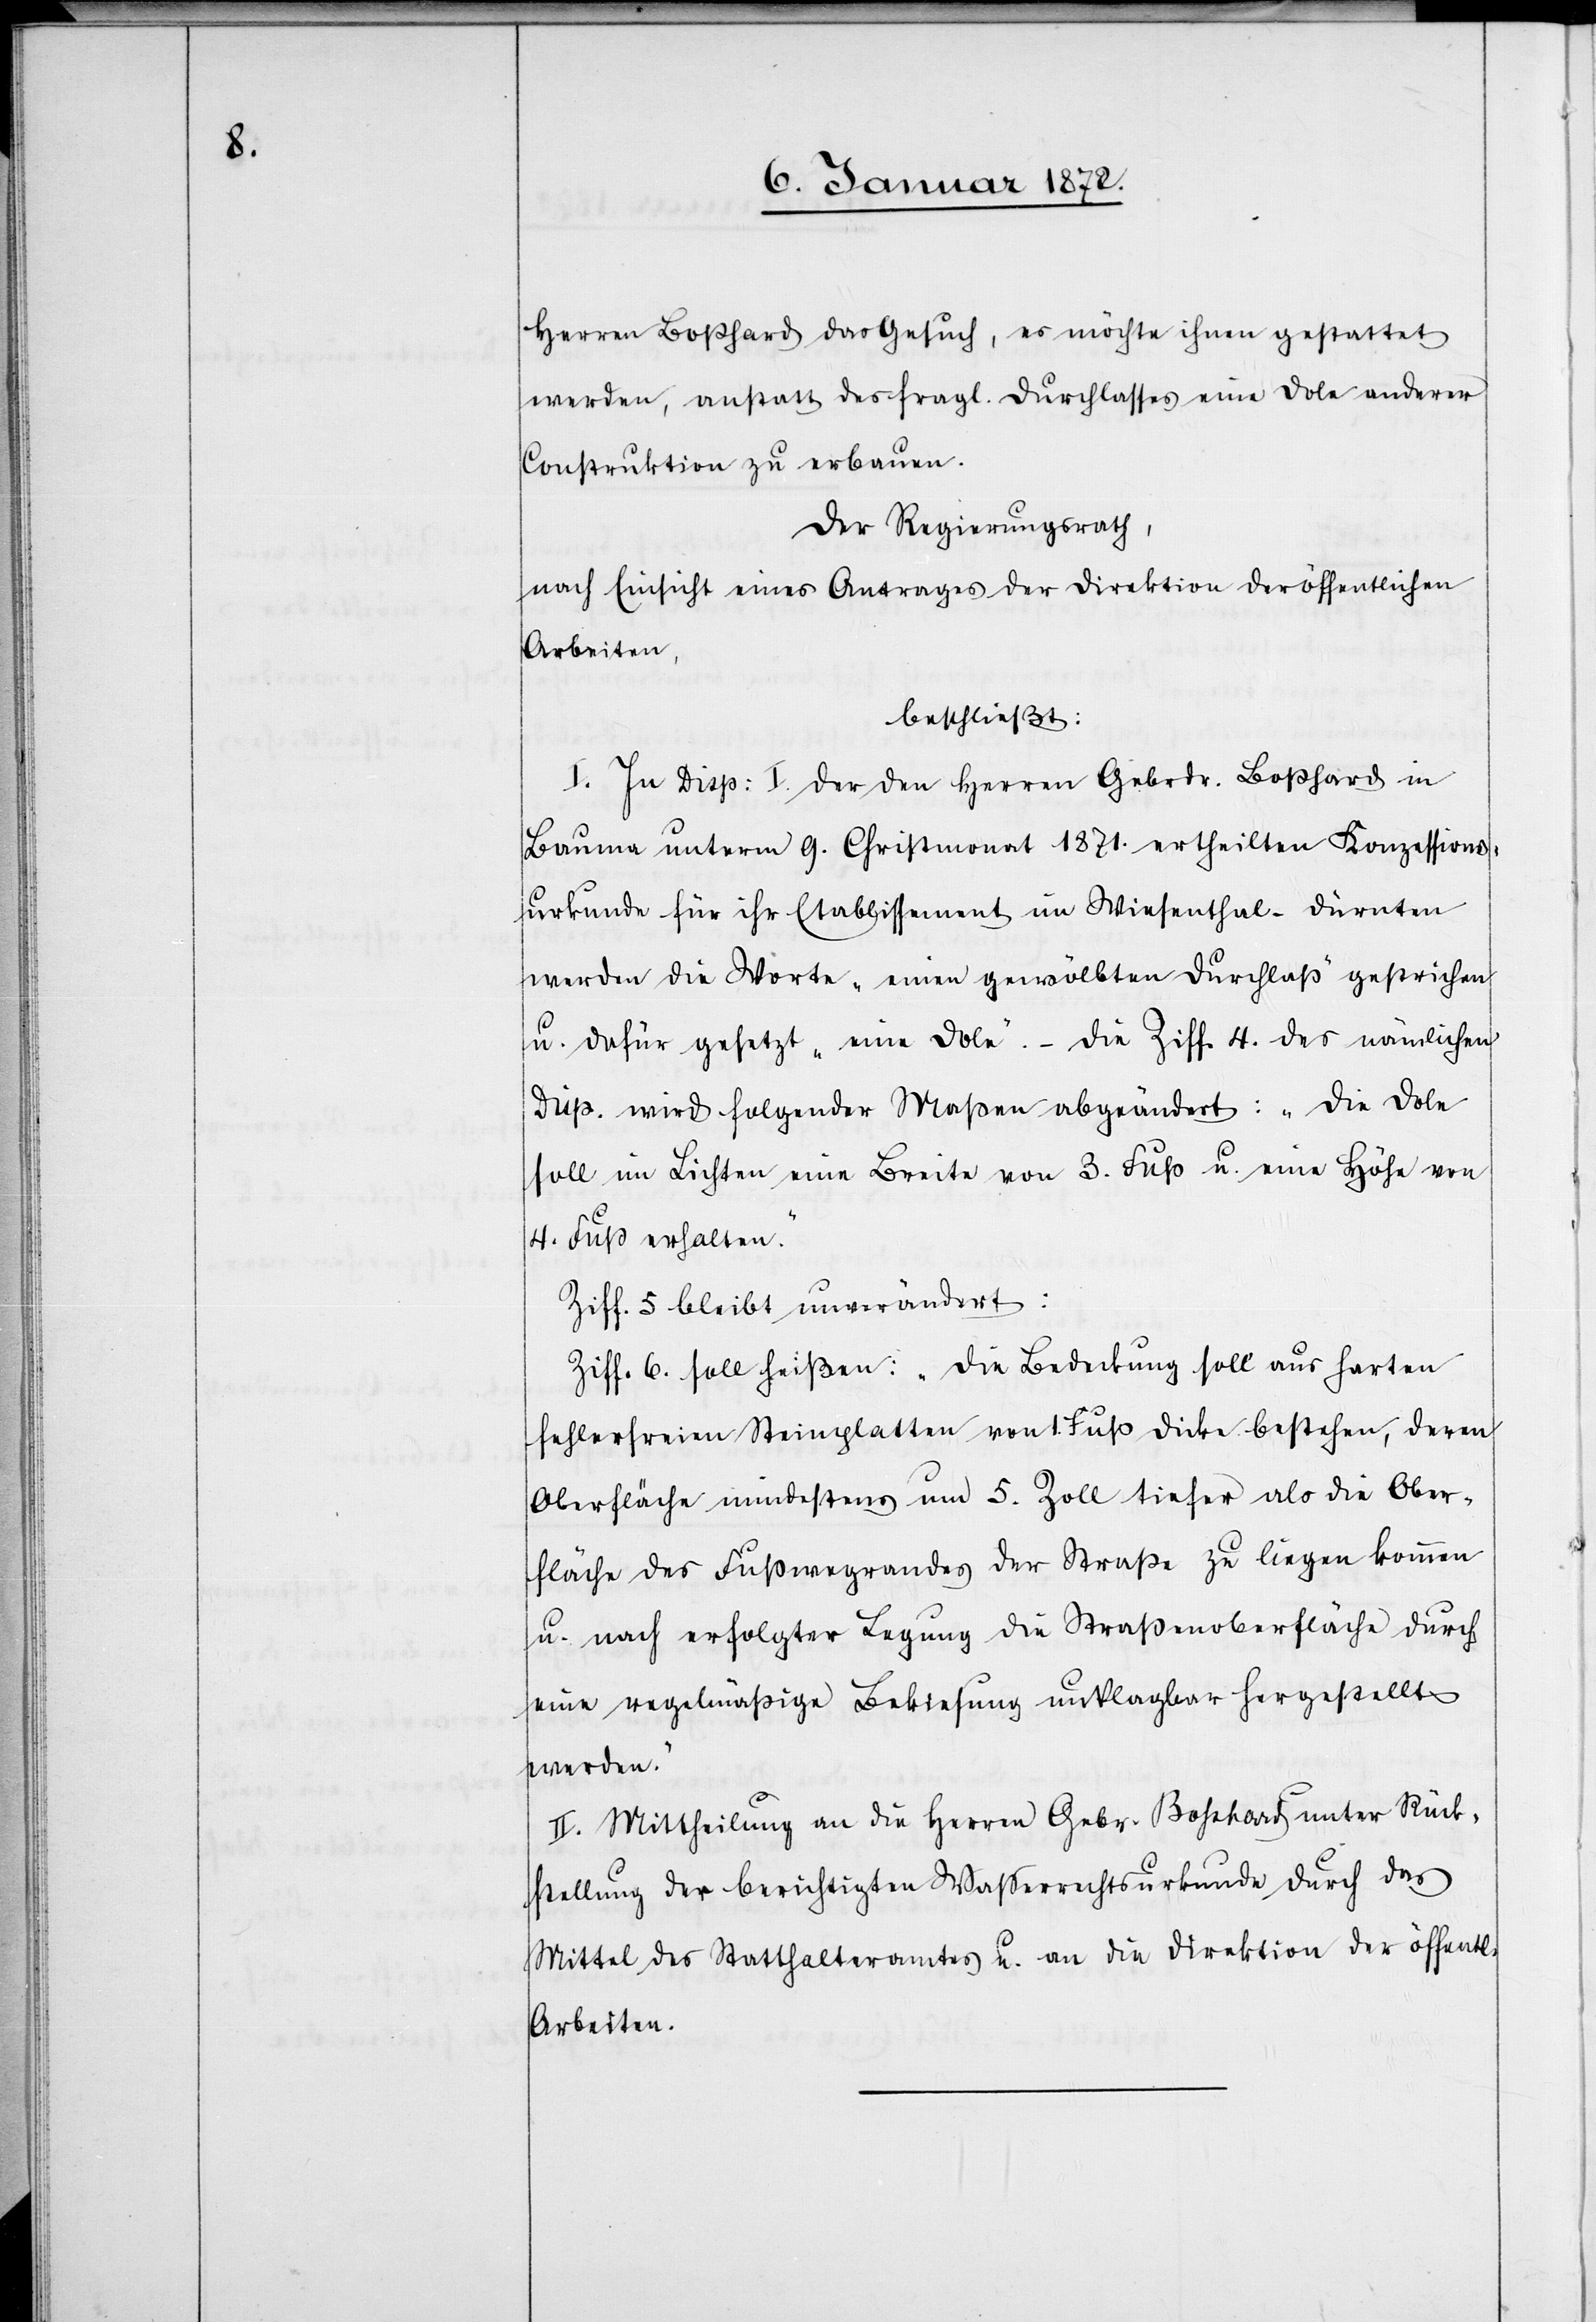
Herren Boßhard das Gesuch, es möchte ihnen gestattet
werden, anstatt des fragl. Durchlasses eine Dole anderer
Construktion zu erbauen.
Der Regierungsrath,
nach Einsicht eines Antrages der Direktion der öffentlichen
Arbeiten,
beschließt:
I. In Disp: I. der den Herren Gebrdr. Bosshard in
Bauma unterm 9. Christmonat 1871. ertheilten Konzessions¬
urkunde für ihr Etablissement in Wiesenthal - Dürnten
werden die Worte „einen gewölbten Durchlaß“ gestrichen
u. dafür gesetzt „eine Dole“. – Die Ziff. 4. des nämlichen
Disp. wird folgender Maßen abgeändert: „Die Dole
soll im Lichten eine Breite von 3. Fuß u. eine Höhe von
4. Fuß erhalten.“
Ziff. 5 bleibt unverändert:
Ziff. 6. soll heißen: „Die Bedeckung soll aus harten
fehlerfreien Steinplatten von 1. Fuß Dicke bestehen, deren
Oberfläche mindestens um 5. Zoll tiefer als die Ober¬
fläche des Fußwegrandes der Straße zu liegen kommen
u. nach erfolgter Legung die Straßenoberfläche durch
eine regelmäßige Bekiesung unklagbar hergestellt
werden.“
II. Mittheilung an die Herren Gebr. Boßhard unter Rück¬
stellung der berichtigten Wasserrechtsurkunde durch das
Mittel des Statthalteramtes u. an die Direktion der öffentl.
Arbeiten.